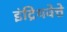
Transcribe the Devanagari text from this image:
इंद्रियवेत्ते